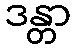
ဒန္တာ